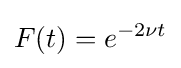
F(t)=e^{-2\nu t}